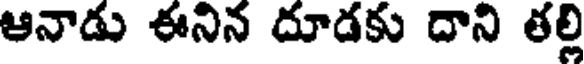
ఆనాడు ఈనిన దూడకు దాని తల్లి